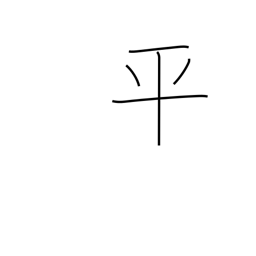
Meaning: even